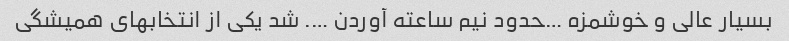
بسیار عالی و خوشمزه …حدود نیم ساعته آوردن …. شد یکی از انتخابهای همیشگی